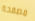
مصفحة